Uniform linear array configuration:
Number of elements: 4
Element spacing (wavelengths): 1
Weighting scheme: cosine
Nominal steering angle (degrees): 60
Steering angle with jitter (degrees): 58.203
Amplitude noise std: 0.05
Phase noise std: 0.05

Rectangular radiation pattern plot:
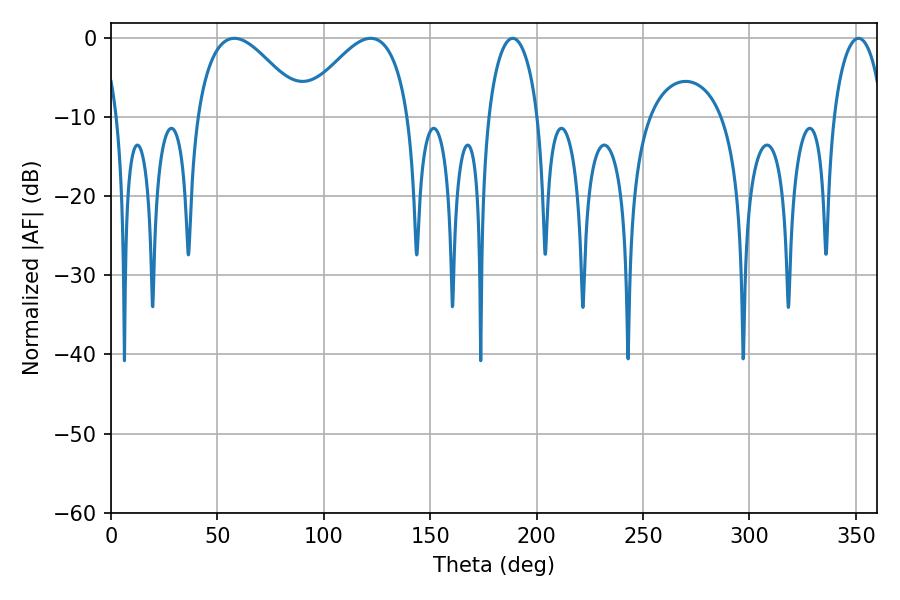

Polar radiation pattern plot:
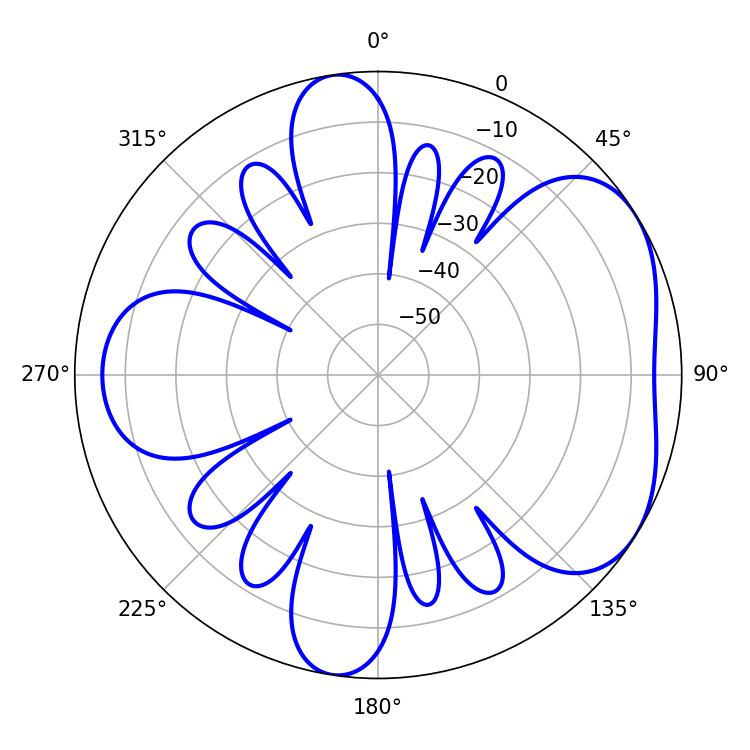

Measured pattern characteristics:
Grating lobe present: TRUE
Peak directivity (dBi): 4.71
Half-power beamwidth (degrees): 27.36
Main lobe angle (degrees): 122.04